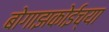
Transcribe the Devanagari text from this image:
बोगाझकोईच्या